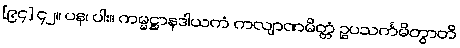
[၉၄] ၄၂။ ပန၊ ပါး။ ကမ္မဋ္ဌာနဒါယကံ ကလျာဏမိတ္တံ ဥပသင်္ကမိတွာတိ